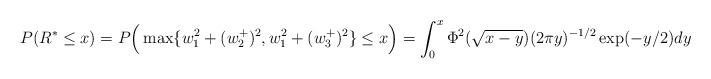
LaTeX: \begin{align*}P(R^*\leq x) = P \Big( \max\{w_1^2+(w_2^+)^2, w_1^2+(w_3^+)^2\} \leq x \Big )=\int_{0}^x \Phi^2(\sqrt{x-y})(2\pi y)^{-1/2}\exp(-y/2) dy\end{align*}